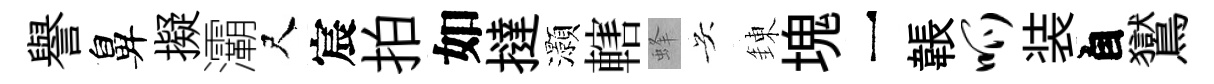
譽鼻擬灞尺宸拍如撻灝轄蜂吴錬塊一韔呱装自鸑